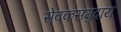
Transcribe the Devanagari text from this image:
सेवकसमुदाय